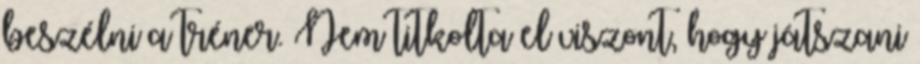
beszélni a tréner. Nem titkolta el viszont, hogy játszani